65_HS1-834228961_62-HQ-83894_Section_3
Agency: FBI
Page 8
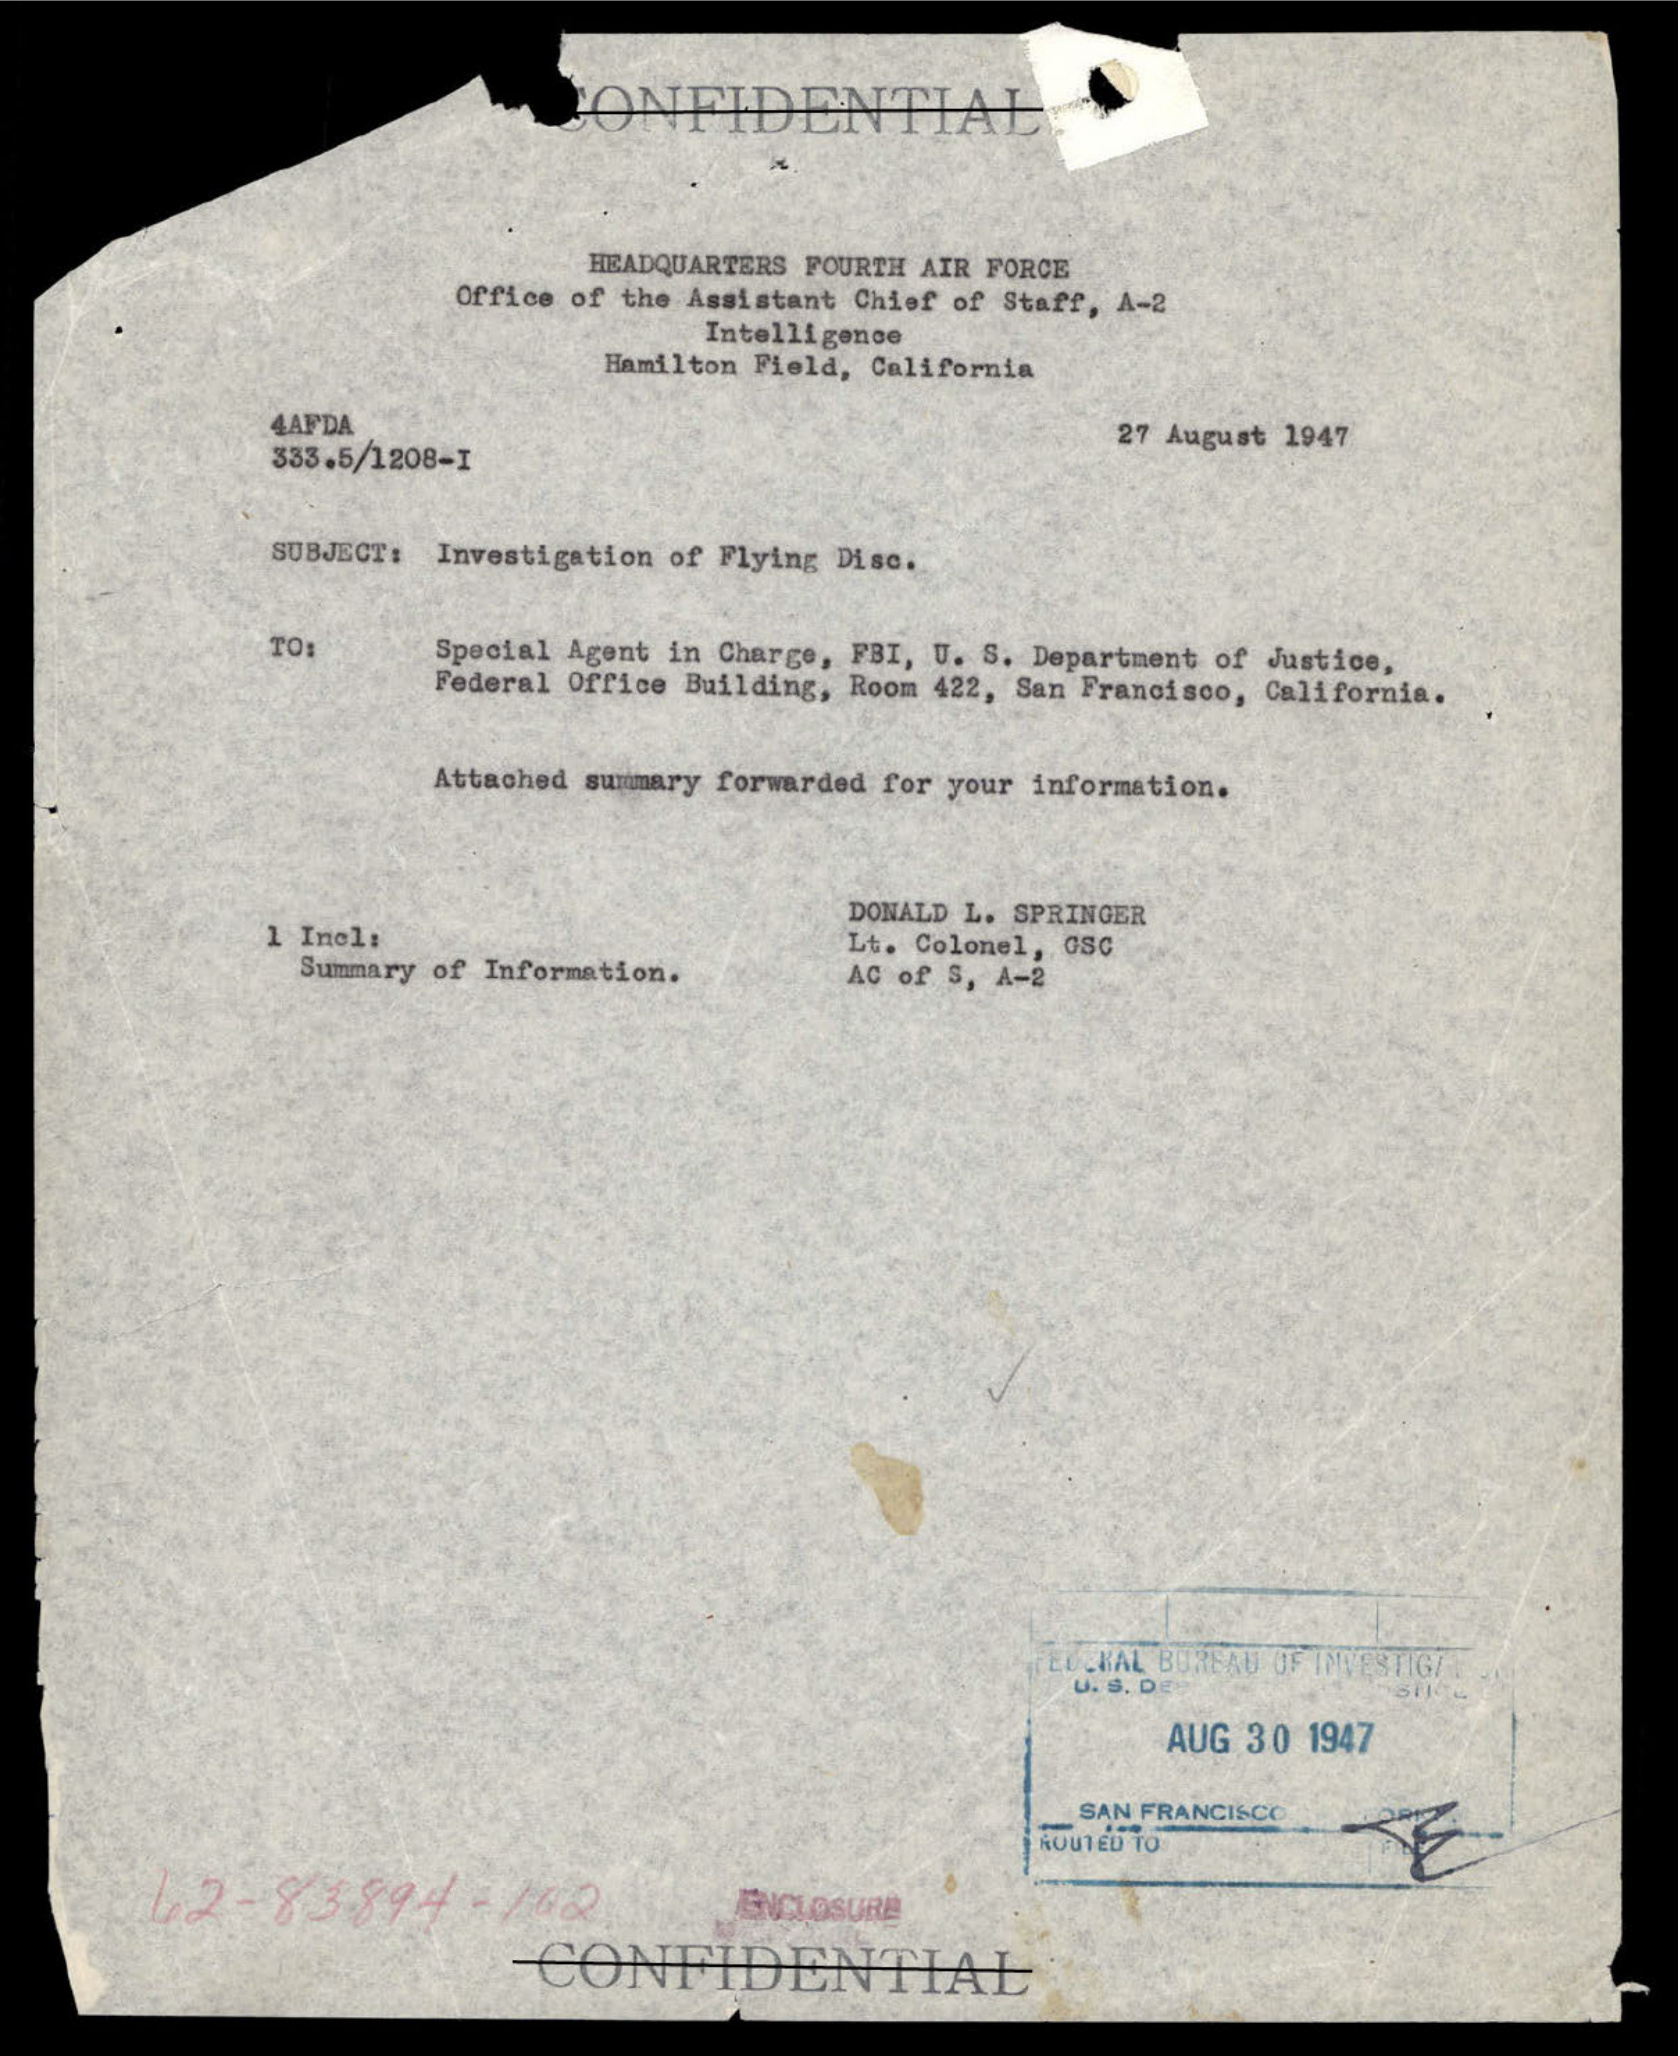